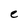
Character: e